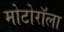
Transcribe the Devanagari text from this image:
मोटोरॉला